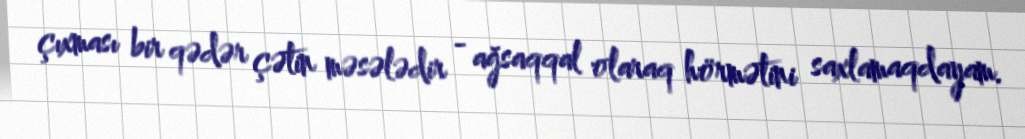
çıxması bir qədər çətin məsələdir - ağsaqqal olaraq hörmətini saxlamaqdayam.